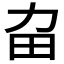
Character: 𤰛